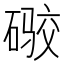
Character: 𪿫